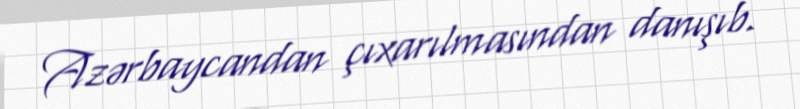
Azərbaycandan çıxarılmasından danışıb.